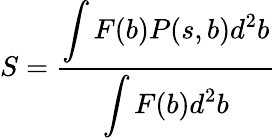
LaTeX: S=\frac{\displaystyle\int F(b)P(s,b)d^{2}b}{\displaystyle\int F(b)d^{2}b}